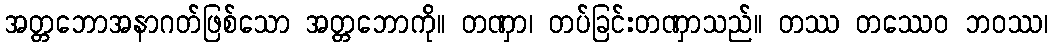
အတ္တဘောအနာဂတ်ဖြစ်သော အတ္တဘောကို။ တဏှာ၊ တပ်ခြင်းတဏှာသည်။ တဿ တဿေဝ ဘဝဿ၊